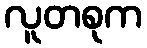
လူတစုက